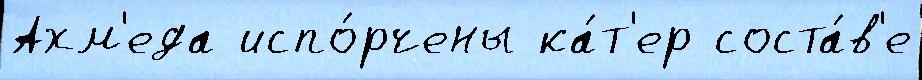
Ахм'еда испо́рчены ка́т'ер соста́в'е